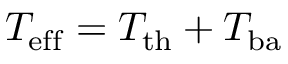
T _ { \mathrm { e f f } } = T _ { \mathrm { t h } } + T _ { \mathrm { b a } }